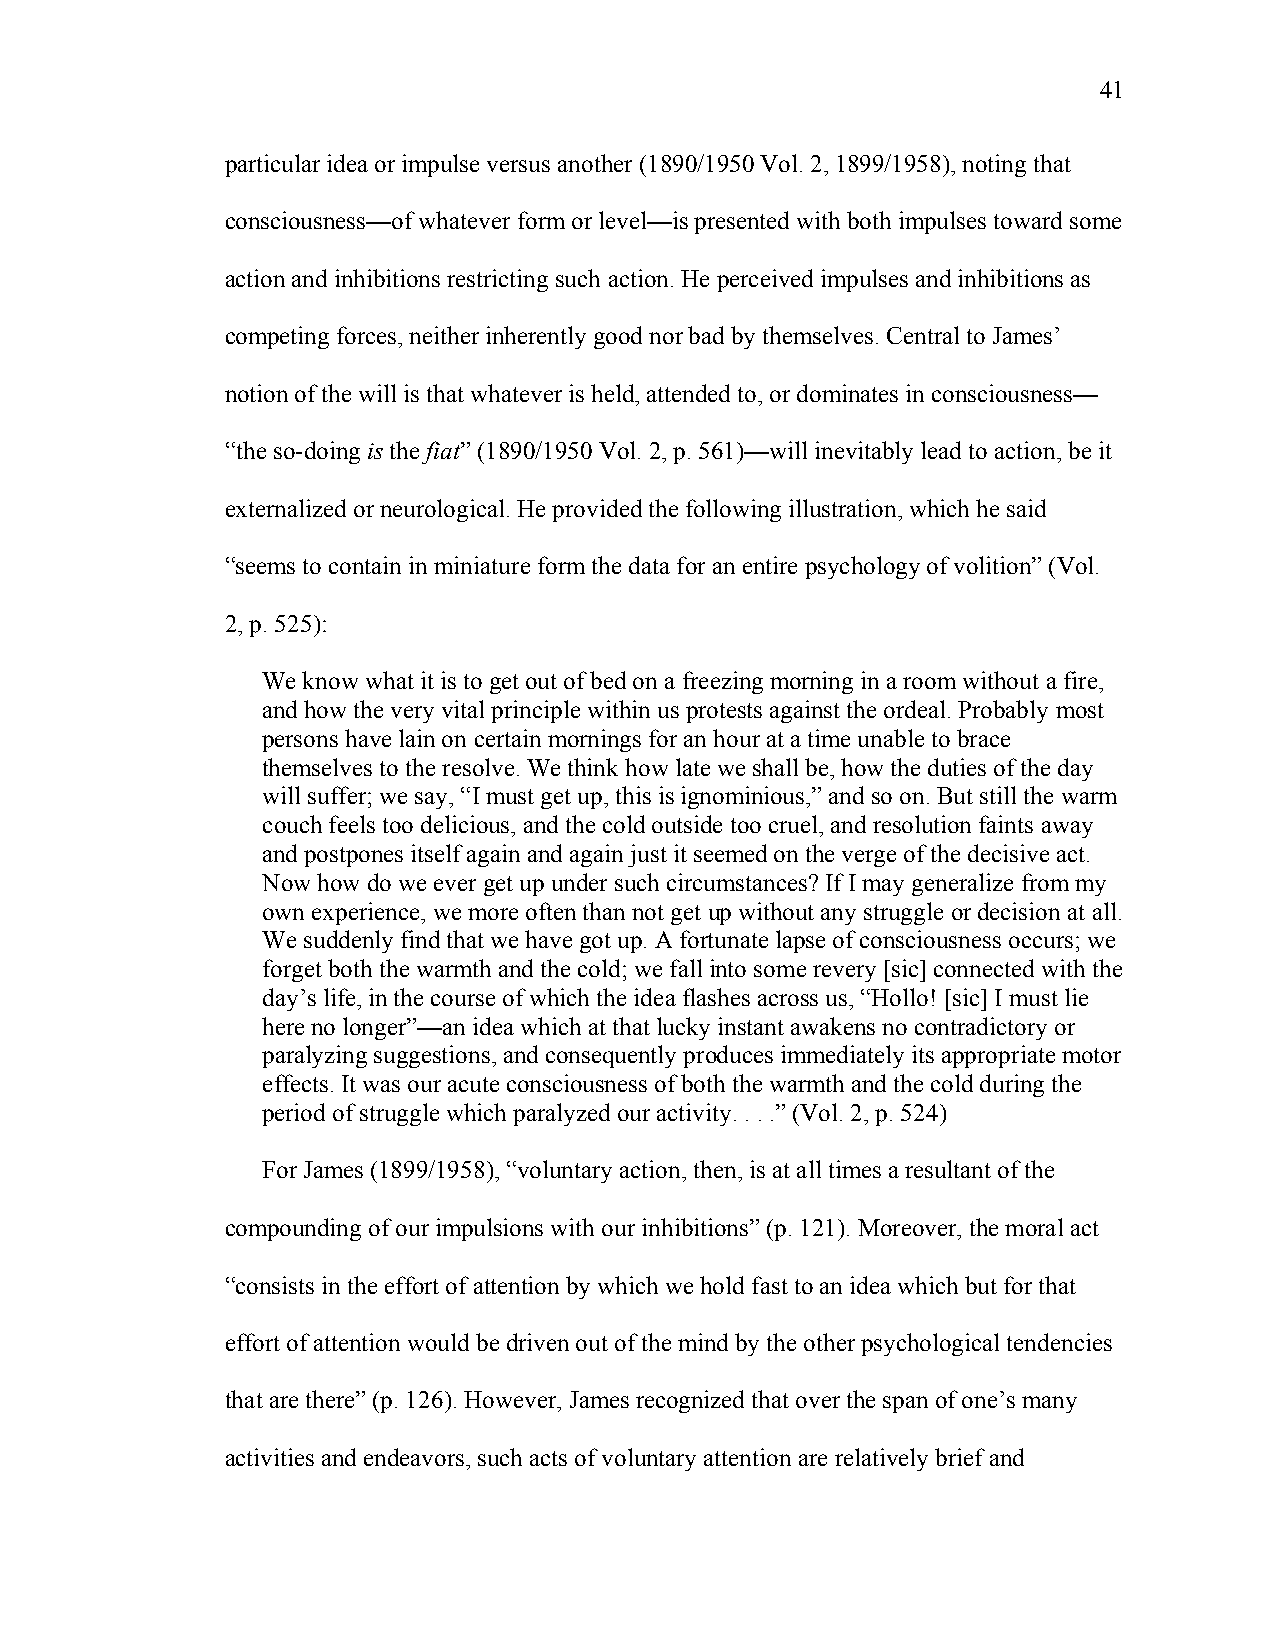
41
 particular idea or impulse versus another (1890/1950 Vol. 2, 1899/1958), noting that
 consciousness—of whatever form or level—is presented with both impulses toward some
 action and inhibitions restricting such action. He perceived impulses and inhibitions as
 competing forces, neither inherently good nor bad by themselves. Central to James’
 notion of the will is that whatever is held, attended to, or dominates in consciousness—
 “the so-doing is the fiat” (1890/1950 Vol. 2, p. 561)—will inevitably lead to action, be it
 externalized or neurological. He provided the following illustration, which he said
 “seems to contain in miniature form the data for an entire psychology of volition” (Vol.
 2, p. 525):
 We know what it is to get out of bed on a freezing morning in a room without a fire,
 and how the very vital principle within us protests against the ordeal. Probably most
 persons have lain on certain mornings for an hour at a time unable to brace
 themselves to the resolve. We think how late we shall be, how the duties of the day
 will suffer; we say, “I must get up, this is ignominious,” and so on. But still the warm
 couch feels too delicious, and the cold outside too cruel, and resolution faints away
 and postpones itself again and again just it seemed on the verge of the decisive act.
 Now how do we ever get up under such circumstances? If I may generalize from my
 own experience, we more often than not get up without any struggle or decision at all.
 We suddenly find that we have got up. A fortunate lapse of consciousness occurs; we
 forget both the warmth and the cold; we fall into some revery [sic] connected with the
 day’s life, in the course of which the idea flashes across us, “Hollo! [sic] I must lie
 here no longer”—an idea which at that lucky instant awakens no contradictory or
 paralyzing suggestions, and consequently produces immediately its appropriate motor
 effects. It was our acute consciousness of both the warmth and the cold during the
 period of struggle which paralyzed our activity. . . .” (Vol. 2, p. 524)
 For James (1899/1958), “voluntary action, then, is at all times a resultant of the
 compounding of our impulsions with our inhibitions” (p. 121). Moreover, the moral act
 “consists in the effort of attention by which we hold fast to an idea which but for that
 effort of attention would be driven out of the mind by the other psychological tendencies
 that are there” (p. 126). However, James recognized that over the span of one’s many
 activities and endeavors, such acts of voluntary attention are relatively brief and